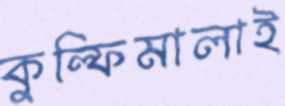
কুল্‌ফিমালাই